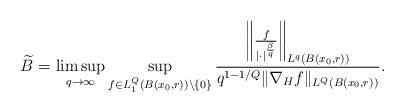
LaTeX: \begin{align*}\widetilde{B}=\limsup_{q\rightarrow \infty}\sup_{f\in L^{Q}_{1}(B(x_{0},r))\backslash\{0\}}\frac{\left\|\frac{f}{|\cdot|^{\frac{\beta}{q}}}\right\|_{L^{q}(B(x_{0},r))}}{q^{1-1/Q}\|\nabla_{H}f\|_{L^{Q}(B(x_{0},r))}}.\end{align*}